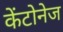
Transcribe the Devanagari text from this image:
केंटोनेज